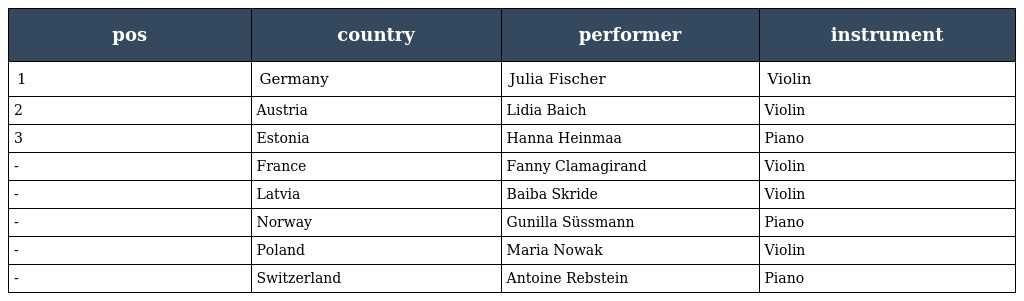
| pos | country | performer | instrument |
 | --- | --- | --- | --- |
 | 1 | Germany | Julia Fischer | Violin |
 | 2 | Austria | Lidia Baich | Violin |
 | 3 | Estonia | Hanna Heinmaa | Piano |
 | - | France | Fanny Clamagirand | Violin |
 | - | Latvia | Baiba Skride | Violin |
 | - | Norway | Gunilla Süssmann | Piano |
 | - | Poland | Maria Nowak | Violin |
 | - | Switzerland | Antoine Rebstein | Piano |